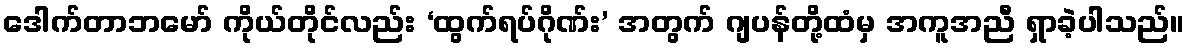
ဒေါက်တာဘမော် ကိုယ်တိုင်လည်း ‘ထွက်ရပ်ဂိုဏ်း’ အတွက် ဂျပန်တို့ထံမှ အကူအညီ ရှာခဲ့ပါသည်။